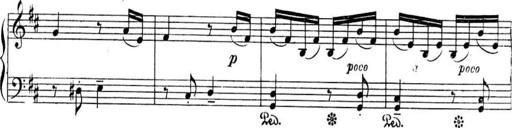
Title: Sonatines
Composer: Hedwige ChrÃ©tien